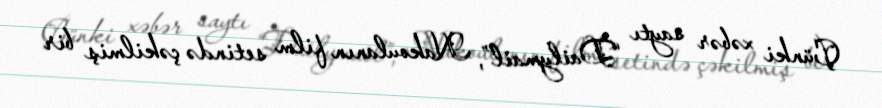
Çünki xəbər saytı “Dailymail”, Nakoulanın film setində çəkilmiş bir